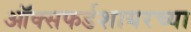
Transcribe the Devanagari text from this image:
ऑक्सफर्डशायरच्या